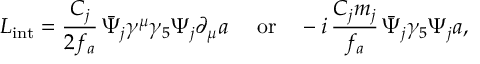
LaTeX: { \cal L } _ { \mathrm { i n t } } = \frac { C _ { j } } { 2 f _ { a } } \, \bar { \Psi } _ { j } \gamma ^ { \mu } \gamma _ { 5 } \Psi _ { j } \partial _ { \mu } a \mathrm { \quad ~ o r \quad } - i \, \frac { C _ { j } m _ { j } } { f _ { a } } \, \bar { \Psi } _ { j } \gamma _ { 5 } \Psi _ { j } a ,